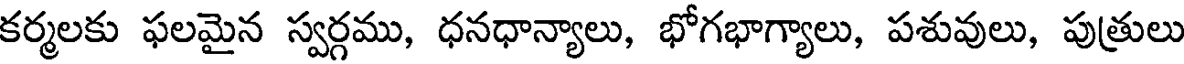
కర్మలకు ఫలమైన స్వర్గము, ధనధాన్యాలు, భోగభాగ్యాలు, పశువులు, పుత్రులు